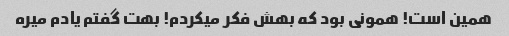
همین است! همونی بود که بهش فکر میکردم! بهت گفتم یادم میره